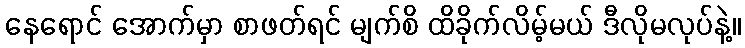
နေရောင် အောက်မှာ စာဖတ်ရင် မျက်စိ ထိခိုက်လိမ့်မယ် ဒီလိုမလုပ်နဲ့။